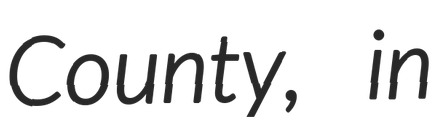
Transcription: County, in